Lunatic asylums Madras 1892-1911 - 1892-1911
Year: 1892
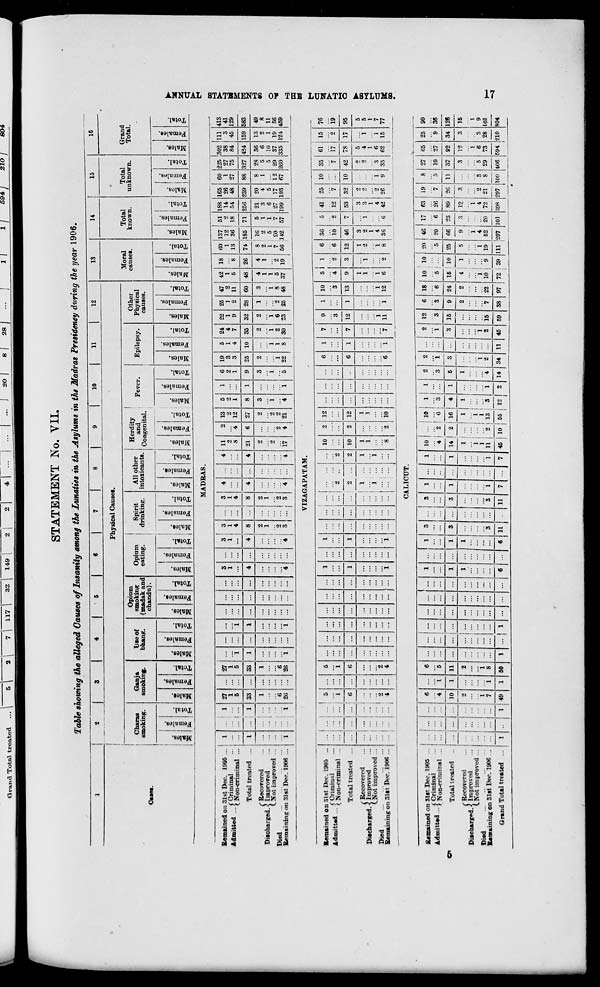
Grand Total treated
\
2 t
7 I 117 I 32
149 I
STATEMENT No. VII.
Table showing the alleged Causes of Insanity among the Lunatics in the Asylums in the Madras Presidency during the year 1906.
.
S
4
5
6
7
8
9
10
11
12
13
14
15
16
1
Physical Causes.
Moral
causes.
Total
known.
Total
unknown.
Case.
C haras
smoking.
Gaii j a
smoking.
Use of
bhang.
Opium
smoking
(madak and
chandu).
Opium
eating.
1
Spirit
drinking.
All other
intoxicants.
Herdity
and
Congenital.
Fever.
Epilepsy.
Other
Physical
causes.
Grand
Total.
1 OB
" 1 —
3 1 i
3
o
f- 1
c
*3
£ "5
c
E-
*3
09
a c
ft
"3
o
H i
*3
8
EM
3 o
EH
S.
"3
.
09
S s
p*
a o
H i
"3
09
n
s
IS
o
3
"3
01
"3
S
CD
"3
o
09
■3 3
J5
09
-
09
"3
"S
EH
8
"3
00
09
"3
S
09
5=H
3 o 3
"3
p*
3
o
EH
"3
5*
S?
"3
S
09
3
o
o
"3
03
0)
3
a o
3
©
EH
o>
3
O)
a o
3
o 1
X
3
5
09
a
O
EH
«
8
o
3
a
09
"3
"o
MADRAS.
Remained on 31st Dec. 1905
Admitted .{S«- mina!
Total treated
C Recovered
Discharged.^ Improved
CNot improved
Died
Remaining on 31st Dee. 1906
27
1
5
33
8
26
27
1
5
Si
6
2<>
11
o
8
21
•2
■>
17
lo
2
12
2
2
21
25
1
22
1(1
2-4
4
7
35 32
1
6
23
28 60
42
1
5
48
18 | 60 1137 51
1 I 12
2
13 i 36 ; 18
74 ;185 71
8 ! 16
5
2 ! 2
1
2G
4
1
2
19
5
1
7 | 20
7
56 142 57
188
14
54
256
21
3
8
27
199
165
26
48
239
20
(
5
17
193
00
1
27
88
8
1
12
67
225
27
75
327
28
5
5
29
260
302
38
84
424
36
6
10
37
335
111
3
45
159
13
2
1
19
124
413
41
129
583
49
8
11
56
459
VIZAGAPATAM.
Remained on 31st Dec. 1905 ...
- - -.. -
("Criminal
Adm,tUd
iNon-rriminal ...
...
...
...! 5
::: \
...
5
1
...
...
... ...
...
...
1
1
i
...
l
I
i
...
...!
i
;.': i a '.'.'
::: i :::
■" 1
2
2
1
i
10
10
1
1
"8
2
2
"a
12
12
1
1
10
6
6
6
1
1
i
7
7
"i
9
3
1 10
"3
5
"i
1
2
6
6
36
10
5
2
41
12
25
V
10 35
"7
61
17
78
15
"2
17
76
19
Total treated ...
... ...
8 ...
6
...
... ... ...
...
12
1 13
9
3 12 46
7 53 32 10 42
95
( Recovered
Discharged. < Improved
LHot improved ...
Died
Remaining on 31st Dec. 1906 ...
...
...
... . 4
1
... "2
4
i
11
i
i
12
1
1
i
6
i
"2
1
0
i
8
3
2
1
4
36
6
3
3
1
4
42
2
2
2
26
i
9
0
2
*3
35
5
4
1
6
62
i
I
15
5
5
1
7
77
►
ss
>
00
>
•-3
M
K
in
O
*4
H3
ra
H
a
I
►
oo
00
CALICUT.
Remained on 31st Dec. 1905 ...
»j -t*.j
("Criminal
Admltud > Non-criminal ...
1
... | ... ...
6
4
i
6
"5
... ...
|::: :::
...
1
1
3
:::
3
1
::.
1 1
1
i
10
4 1-
i "2
|io
! "6
1
"3
1
2
2
"i
...
2
1
8
i
2
12
3
15
is
6
"3
9
2
"7
18
6
24
2
22
10 10
5 ! ...
16 10
"T"T
: i i:::
10
9
5
25
5
i
19
46
20
66
9
i
4
52
17
6
23
3
20
63
26
89
I?
1
4
72
19
...
7
8
3
27
10
65
27
25
"9
34
3
3
28
210
90
36
**
Total treated
... j ...
10
1 11 ... ... ... ... ...
1
1
3
3
1
1
14 | 2 16
4
1
...
8
1
i
6
1
4
s
i
2
26
3
2
21
297
11
3
8
109
37
3
5
29
406
92
12
"i
6
73
594
126
("Recovered
Discharged.-'. Improved
CNot improved ...
Died
Remaining on Slst Dec. 1906
1
"
1
2
i
7
49
i
2
i
8
'.'.'.
...
...
... ...
1
6
1
6
3
It
"3
11
1 i ...
... ^ „.
11
2
1
i
1
13
15
i
9
101
Grand Total treated ...
1 50
1 -IH
7
7 45 10 | 65
1
12
2 14 1 34 11 45 59 38 97 72 39
I
111 297 101 i98
804